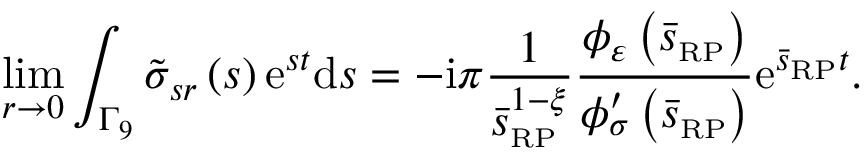
\operatorname* { l i m } _ { r \rightarrow 0 } \int _ { \Gamma _ { 9 } } \tilde { \sigma } _ { s r } \left( s \right) \mathrm { e } ^ { s t } \mathrm { d } s = - \mathrm { i } \pi \frac { 1 } { \bar { s } _ { \scriptscriptstyle { \mathrm { R P } } } ^ { 1 - \xi } } \frac { \phi _ { \varepsilon } \left( \bar { s } _ { \scriptscriptstyle { \mathrm { R P } } } \right) } { \phi _ { \sigma } ^ { \prime } \left( \bar { s } _ { \scriptscriptstyle { \mathrm { R P } } } \right) } \mathrm { e } ^ { \bar { s } _ { \scriptscriptstyle { \mathrm { R P } } } t } .